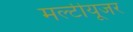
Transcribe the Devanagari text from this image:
मल्टीयूजर